Report on the working of the Ranchi Indian Mental Hospital, Kanke, in Bihar and Orissa - 1930-1940
Year: 1930
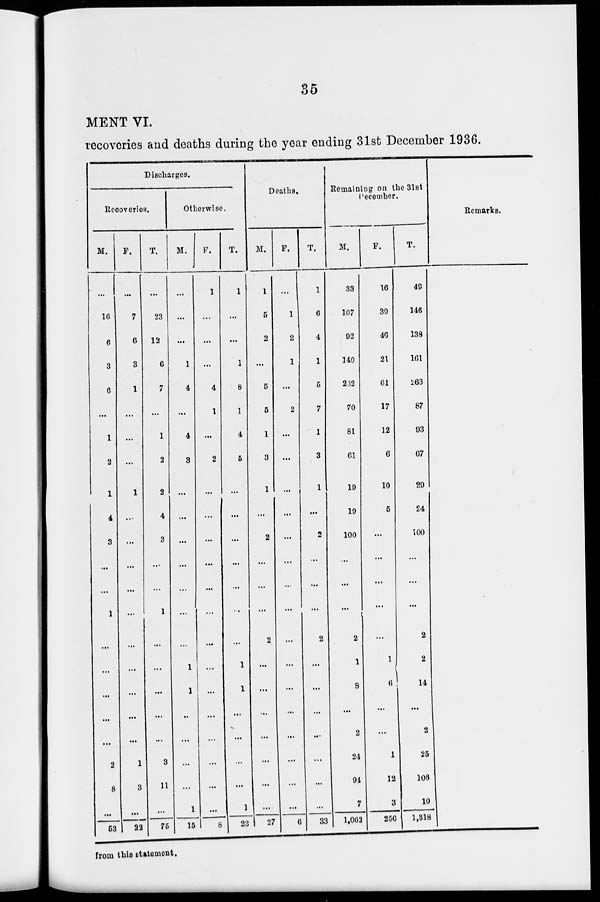
35
MENT VI.
recoveries and deaths during the year ending 31st December 1936.
Discharges.
Recoveries.
M.
...
16
6
3
6
...
1
2
1
4
3
...
...
1
...
...
...
...
...
2
8
...
53
F.
...
7
6
3
1
...
...
...
1
...
...
...
...
...
...
...
...
...
...
1
3
...
22
T.
...
23
12
6
7
...
1
2
2
4
3
...
...
1
...
...
...
...
...
3
11
...
75
Otherwise.
M.
...
...
...
1
4
...
4
3
...
...
...
...
...
...
...
1
1
...
...
...
...
1
15
F.
1
...
...
...
4
1
...
2
...
...
...
...
...
...
...
...
...
...
...
...
...
...
8
T.
1
...
...
1
8
1
4
5
...
...
...
...
...
...
...
1
1
...
...
...
...
1
23
Deaths.
M.
1
5
2
...
5
5
1
3
1
...
2
...
...
...
2
...
...
...
...
...
...
...
27
F.
...
1
2
1
...
2
...
...
...
...
...
...
...
...
...
...
...
...
...
...
...
...
6
T.
1
6
4
1
5
7
1
3
1
...
2
...
...
...
2
...
...
...
...
...
...
...
33
Remaining on the 31st
December.
M.
33
107
92
140
202
70
81
61
19
19
100
...
...
...
2
1
8
...
2
24
94
7
1,062
F.
16
39
46
21
61
17
12
6
10
5
...
...
...
...
...
1
6
...
...
1
12
3
256
T.
49
146
138
161
263
87
93
67
29
24
100
...
...
...
2
2
14
...
2
25
106
10
1,318
Remarks.
from this statement.